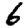
Digit: 6